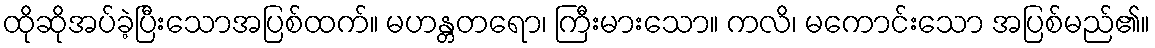
ထိုဆိုအပ်ခဲ့ပြီးသောအပြစ်ထက်။ မဟန္တတရော၊ ကြီးမားသော။ ကလိ၊ မကောင်းသော အပြစ်မည်၏။